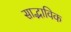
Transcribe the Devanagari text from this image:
साद्भाविक